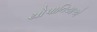
ચોપાનિયાએ